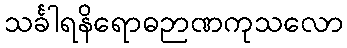
သင်္ခါရနိရောဓဉာဏကုသလော